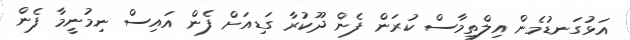
އަޅުގަނޑުމެން އިލްތިމާސް ކުރަން ފެން ދޫކުރާ ގަޑިއަށް ފެން އައިސް ނިމުނީމާ ފެން